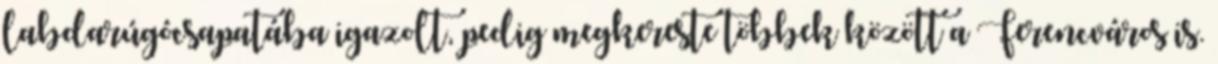
labdarúgócsapatába igazolt, pedig megkereste többek között a Ferencváros is.